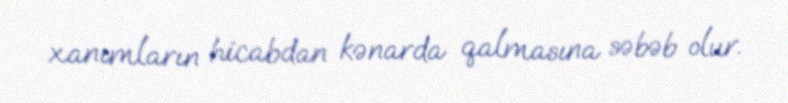
xanımların hicabdan kənarda qalmasına səbəb olur.